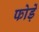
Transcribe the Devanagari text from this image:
फोड़ें